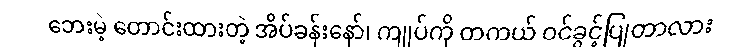
ဘေးမဲ့ တောင်းထားတဲ့ အိပ်ခန်းနော်၊ ကျုပ်ကို တကယ် ဝင်ခွင့်ပြုတာလား